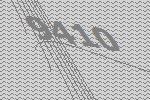
9410